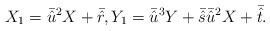
LaTeX: \begin{align*} X_1 = \bar{\hat{u}}^2 X + \bar{\hat{r}}, Y_1 = \bar{\hat{u}}^3 Y + \bar{\hat{s}}\bar{\hat{u}}^2 X + \bar{\hat{t}}.\end{align*}